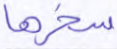
سخرها